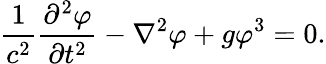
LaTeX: {\frac{1}{c^{2}}}{\frac{\partial^{2}\varphi}{\partial t^{2}}}-\nabla^{2}\varphi+g\varphi^{3}=0.